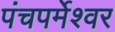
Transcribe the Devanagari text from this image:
पंचपर्मेश्वर